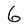
Character: 6